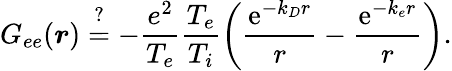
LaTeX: G_{ee}(\boldsymbol{r})\stackrel{?}{=}-\frac{e^{2}}{T_{e}}\frac{T_{e}}{T_{i}}\left(\frac{\mathrm{e}^{-k_{D}r}}{r}-\frac{\mathrm{e}^{-k_{e}r}}{r}\right).